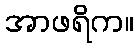
အာဖရိက။